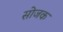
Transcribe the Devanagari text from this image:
सोजक